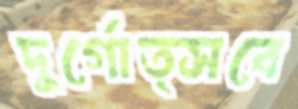
দুর্গোত্সবে